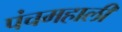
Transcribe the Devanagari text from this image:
पंचमहाली